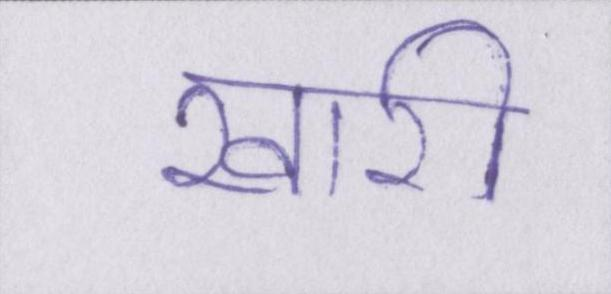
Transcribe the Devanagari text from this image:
खारी